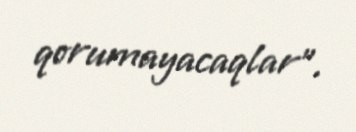
qorumayacaqlar”.